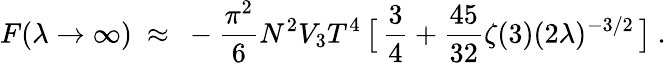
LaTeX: {}F(\lambda\to\infty)~\approx~-\frac{\pi^{2}}{6}N^{2}V_{3}T^{4}\, \big[\, \frac{3}{4}+\frac{45}{32}\zeta(3)(2\lambda)^{-3/2}\, \big]\ .